Civil Veterinary Department Bihar & Orissa reports 1922-29 - 1922-1929
Year: 1922
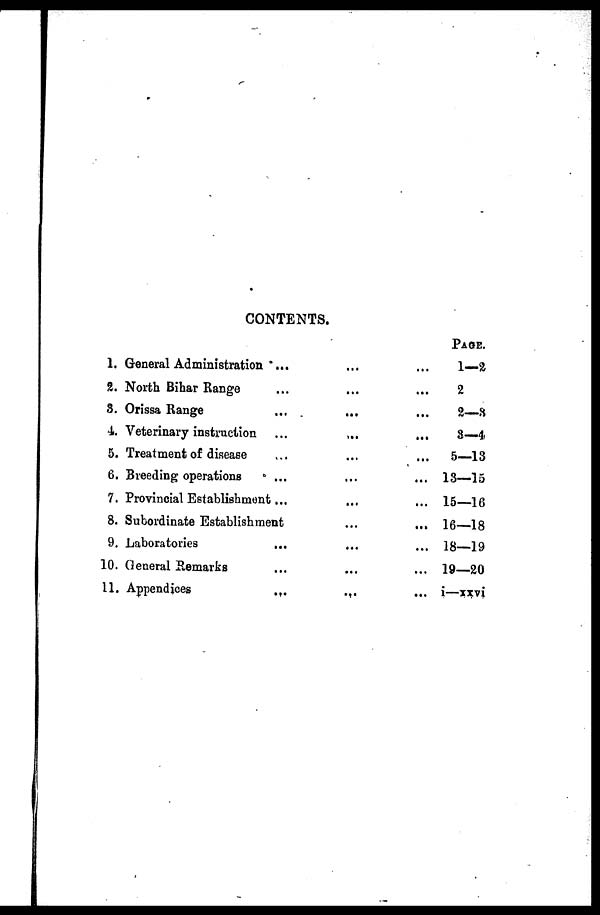
CONTENTS.
1. General Administration ...
2. North Bihar Range ...
3. Orissa Range ...
4. Veterinary instruction ...
5. Treatment of disease ...
6. Breeding operations ...
7. Provincial Establishment ...
8. Subordinate Establishment
9. Laboratories ...
10. General Remarks ...
11. Appendices
...
...
...
...
...
...
...
...
...
...
...
...
PAGE.
... 1—2
... 2
... 2—8
... 3—4
...
5—13
... 13—15
... 15—16
... 16—18
... 18—19
... 19—20
... i—xxvi